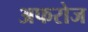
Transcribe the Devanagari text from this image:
अफरोज